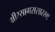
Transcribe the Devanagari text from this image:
क्षीरसागरासारखा